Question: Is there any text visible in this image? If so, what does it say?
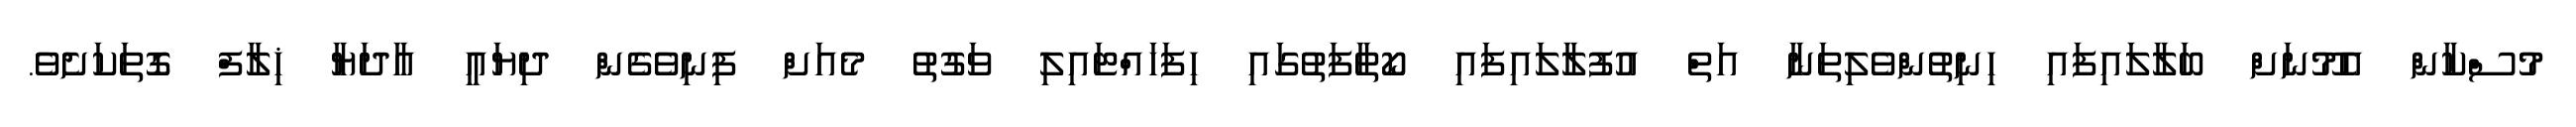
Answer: މުސްކާން އެމޫނަށް ބަލާލައިފައި ހިނިތުންވެލިތަނާ އަތް އުފުލާލައިފައި ކޯތާފަތުގައި ހިފަހައްޓައިލި ވަގުތު މެއަށް ފިނިވެގެން ދިޔައީ އާދަޔާ ޚިލާފް ގޮތަކަށެވެ.